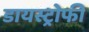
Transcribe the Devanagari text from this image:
डायस्ट्रोफी